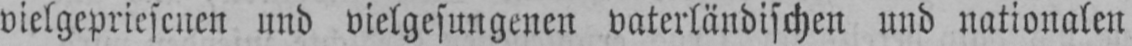
vielgepriesenen und vielgesungenen vaterländischen und nationalen